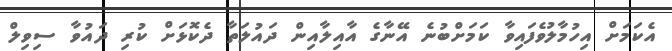
އެކަމަށް އިހުމާލުވެފައިވާ ކަމަށްބުނެ އޭނާގެ އާއިލާއިން ދައުލަތާ ދެކޮޅަށް ކުރި ދައުވާ ސިވިލް